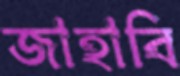
জাহাবি